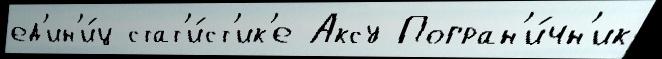
ед'ин'и́ц стат'и́ст'ик'е Аксу Погран'и́чн'ик